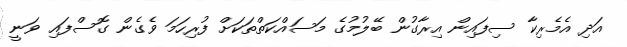
އަދި އެމެރިކާ ސިފައިން އިރާގުން ބޭލުމުގެ މަސައްކަތްތަކަށް ފުރިހަމަ ވެގެން ގޮސްފައި ވަނީ